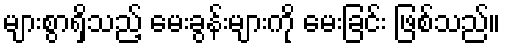
များစွာရှိသည့် မေးခွန်းများကို မေးခြင်း ဖြစ်သည်။